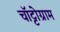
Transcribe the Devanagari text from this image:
चॉट्टोग्राम